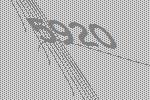
5920